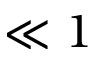
\ll 1